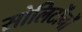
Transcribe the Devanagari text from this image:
सोलिटोंनों